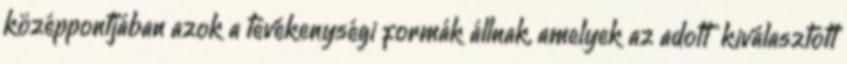
középpontjában azok a tevékenységi formák állnak, amelyek az adott kiválasztott